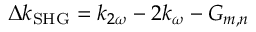
\Delta k _ { \mathrm { { S H G } } } = k _ { 2 \omega } - 2 k _ { \omega } - G _ { m , n }